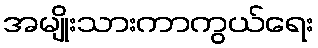
အမျိုးသားကာကွယ်ရေး